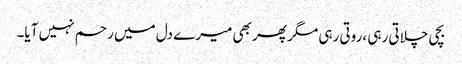
بچی چلاتی رہی ،روتی رہی مگر پھر بھی میرے دل میں رحم نہیں آیا۔